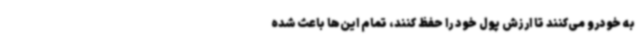
به خودرو می‌کنند تا ارزش پول خود را حفظ کنند، تمام این‌ها باعث شده